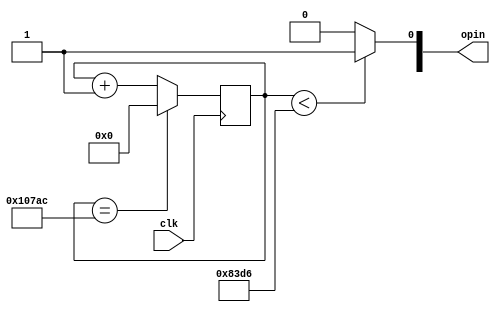
module freq_400hz(
	input clk,
	output reg [1:0] opin
);

	reg [31:0] counter;

	always @(posedge clk) begin 
        counter <= counter + 1;
        if (counter == 67500)
			/*Adjusted the counter for 400 Hz frequency
			 clock freq divided by the desired freq will be the count we want
			 with this count represents on and off time i.e. one complete cycle 
             
             Required bits N = Clock frequency / desired frequency
             
             */			 
            counter <= 0;
    end
    
    always @(counter) begin 
        if (counter < 33750) // Adjusted for 50% duty cycle
            opin[0] <= 1'b1;    
        else 
            opin[0] <= 1'b0;    
    end

endmodule